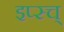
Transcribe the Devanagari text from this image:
इप्स्च्